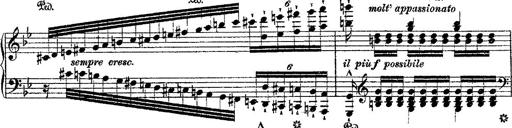
Title: Fantaisie romantique sur deux mÃ©lodies suisses
Composer: Franz Liszt